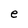
Character: e